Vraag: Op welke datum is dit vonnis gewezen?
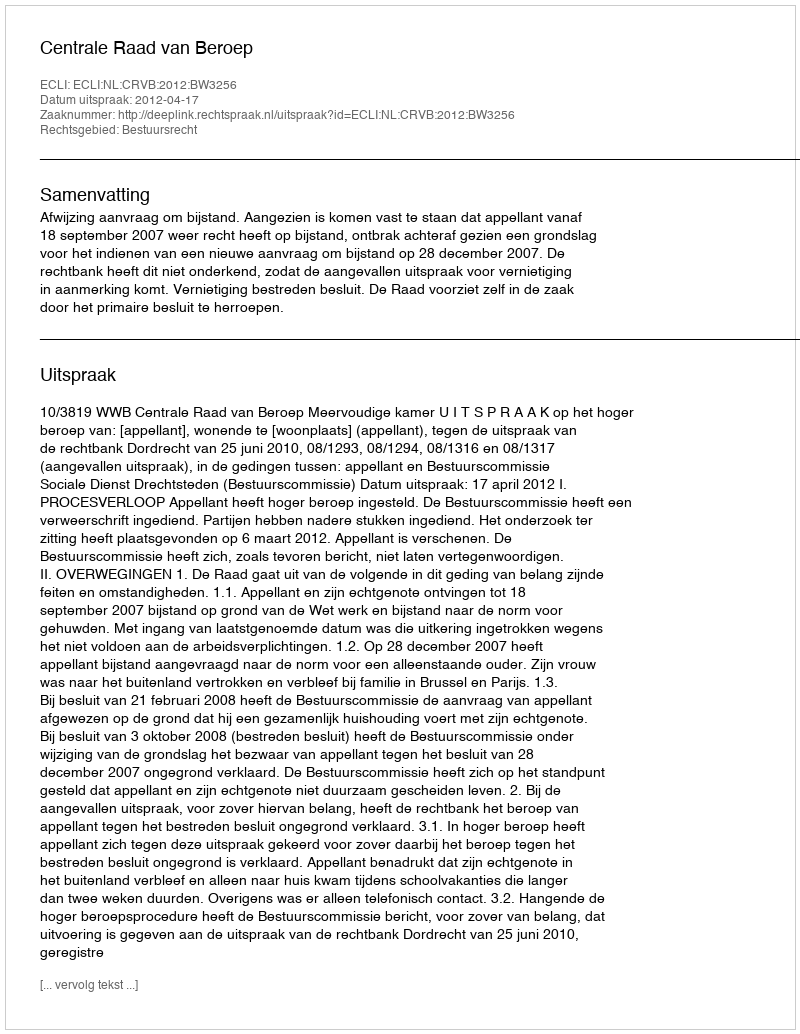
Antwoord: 2012-04-17